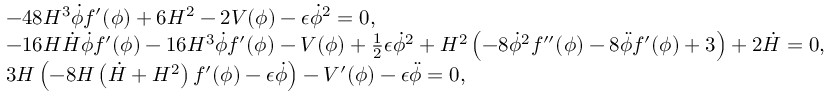
\begin{array} { r l } & { - 4 8 H ^ { 3 } \dot { \phi } f ^ { \prime } ( \phi ) + 6 H ^ { 2 } - 2 V ( \phi ) - \epsilon \dot { \phi } ^ { 2 } = 0 , } \\ & { - 1 6 H \dot { H } \dot { \phi } f ^ { \prime } ( \phi ) - 1 6 H ^ { 3 } \dot { \phi } f ^ { \prime } ( \phi ) - V ( \phi ) + \frac { 1 } { 2 } \epsilon \dot { \phi } ^ { 2 } + H ^ { 2 } \left( - 8 \dot { \phi } ^ { 2 } f ^ { \prime \prime } ( \phi ) - 8 \ddot { \phi } f ^ { \prime } ( \phi ) + 3 \right) + 2 \dot { H } = 0 , } \\ & { 3 H \left( - 8 H \left( \dot { H } + H ^ { 2 } \right) f ^ { \prime } ( \phi ) - \epsilon \dot { \phi } \right) - V ^ { \prime } ( \phi ) - \epsilon \ddot { \phi } = 0 , } \end{array}